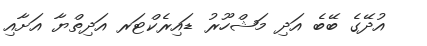
އުދޭގެ ބޭބެ އަދި މަޝްހޫރު ޑައިރެކްޓަރ އަދިތްޔާ އަށާއި